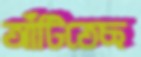
আঁটিতেছ